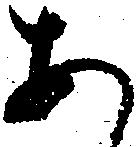
あ